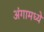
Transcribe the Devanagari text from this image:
अंगामध्ये